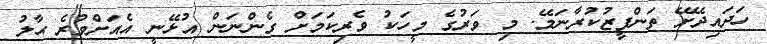
ހަދައިދޭށޭ ތަންފީޒުކުރާނަމޭ. މި ވަރުގެ މީހަކު ވެރިކަމަށް ގެންނަން އުޅޭނީ އެއަށްވުރެ ޙާލު